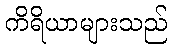
ကိရိယာများသည်